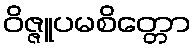
ဝိဇ္ဇူပမစိတ္တော